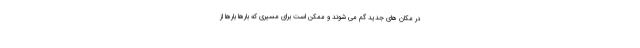
در مکان های جدید گم می شوند و ممکن است برای مسیری که بارها بارها از